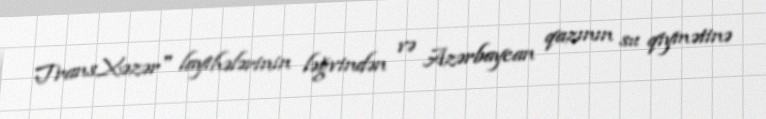
TransXəzər" layihələrinin ləğvindən və Azərbaycan qazının su qiymətinə